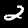
Label: 2